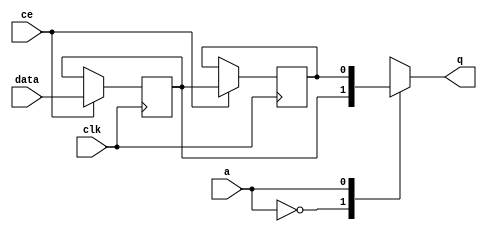
// ==============================================================
// File generated by Vivado(TM) HLS - High-Level Synthesis from C, C++ and SystemC
// Version: 2017.4
// Copyright (C) 1986-2017 Xilinx, Inc. All Rights Reserved.
// 
// ==============================================================


`timescale 1 ns / 1 ps

module start_for_packer_U0_shiftReg (
    clk,
    data,
    ce,
    a,
    q);

parameter DATA_WIDTH = 32'd1;
parameter ADDR_WIDTH = 32'd1;
parameter DEPTH = 32'd2;

input clk;
input [DATA_WIDTH-1:0] data;
input ce;
input [ADDR_WIDTH-1:0] a;
output [DATA_WIDTH-1:0] q;

reg[DATA_WIDTH-1:0] SRL_SIG [0:DEPTH-1];
integer i;

always @ (posedge clk)
    begin
        if (ce)
        begin
            for (i=0;i<DEPTH-1;i=i+1)
                SRL_SIG[i+1] <= SRL_SIG[i];
            SRL_SIG[0] <= data;
        end
    end

assign q = SRL_SIG[a];

endmodule

module start_for_packer_U0 (
    clk,
    reset,
    if_empty_n,
    if_read_ce,
    if_read,
    if_dout,
    if_full_n,
    if_write_ce,
    if_write,
    if_din);

parameter MEM_STYLE   = "auto";
parameter DATA_WIDTH  = 32'd1;
parameter ADDR_WIDTH  = 32'd1;
parameter DEPTH       = 32'd2;

input clk;
input reset;
output if_empty_n;
input if_read_ce;
input if_read;
output[DATA_WIDTH - 1:0] if_dout;
output if_full_n;
input if_write_ce;
input if_write;
input[DATA_WIDTH - 1:0] if_din;

wire[ADDR_WIDTH - 1:0] shiftReg_addr ;
wire[DATA_WIDTH - 1:0] shiftReg_data, shiftReg_q;
wire                     shiftReg_ce;
reg[ADDR_WIDTH:0] mOutPtr = {(ADDR_WIDTH+1){1'b1}};
reg internal_empty_n = 0, internal_full_n = 1;

assign if_empty_n = internal_empty_n;
assign if_full_n = internal_full_n;
assign shiftReg_data = if_din;
assign if_dout = shiftReg_q;

always @ (posedge clk) begin
    if (reset == 1'b1)
    begin
        mOutPtr <= ~{ADDR_WIDTH+1{1'b0}};
        internal_empty_n <= 1'b0;
        internal_full_n <= 1'b1;
    end
    else begin
        if (((if_read & if_read_ce) == 1 & internal_empty_n == 1) && 
            ((if_write & if_write_ce) == 0 | internal_full_n == 0))
        begin
            mOutPtr <= mOutPtr - 1;
            if (mOutPtr == 0)
                internal_empty_n <= 1'b0;
            internal_full_n <= 1'b1;
        end 
        else if (((if_read & if_read_ce) == 0 | internal_empty_n == 0) && 
            ((if_write & if_write_ce) == 1 & internal_full_n == 1))
        begin
            mOutPtr <= mOutPtr + 1;
            internal_empty_n <= 1'b1;
            if (mOutPtr == DEPTH - 2)
                internal_full_n <= 1'b0;
        end 
    end
end

assign shiftReg_addr = mOutPtr[ADDR_WIDTH] == 1'b0 ? mOutPtr[ADDR_WIDTH-1:0]:{ADDR_WIDTH{1'b0}};
assign shiftReg_ce = (if_write & if_write_ce) & internal_full_n;

start_for_packer_U0_shiftReg 
#(
    .DATA_WIDTH(DATA_WIDTH),
    .ADDR_WIDTH(ADDR_WIDTH),
    .DEPTH(DEPTH))
U_start_for_packer_U0_ram (
    .clk(clk),
    .data(shiftReg_data),
    .ce(shiftReg_ce),
    .a(shiftReg_addr),
    .q(shiftReg_q));

endmodule